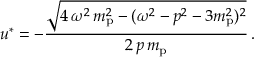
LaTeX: u ^ { * } = - { \frac { \sqrt { 4 \, \omega ^ { 2 } \, m _ { \mathrm { p } } ^ { 2 } - ( \omega ^ { 2 } - p ^ { 2 } - 3 m _ { \mathrm { p } } ^ { 2 } ) ^ { 2 } } } { 2 \, p \, m _ { \mathrm { p } } } } \, .